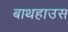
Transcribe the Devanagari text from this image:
बाथहाउस